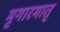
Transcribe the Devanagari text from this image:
मृगारमातृ